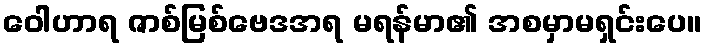
ဝေါဟာရ ဇာစ်မြစ်ဗေဒအရ မရန်မာ၏ အစမှာမရှင်းပေ။